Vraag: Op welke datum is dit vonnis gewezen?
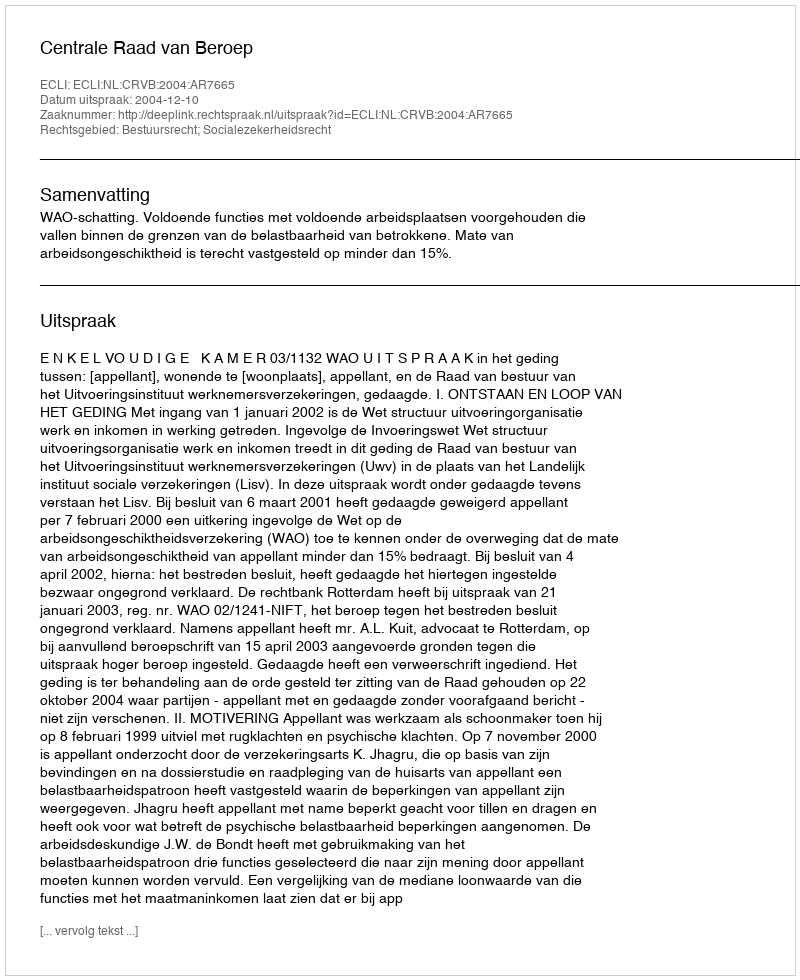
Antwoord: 2004-12-10